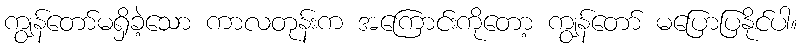
ကျွန်တော်မရှိခဲ့သော ကာလတုန်းက အကြောင်းကိုတော့ ကျွန်တော် မပြောပြနိုင်ပါ။